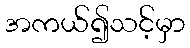
အကယ်၍သင့်မှာ